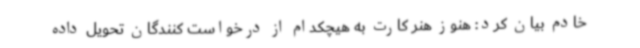
خادم بیان کرد: هنوز هنر کارت به هیچکدام از درخواست کنندگان تحویل داده